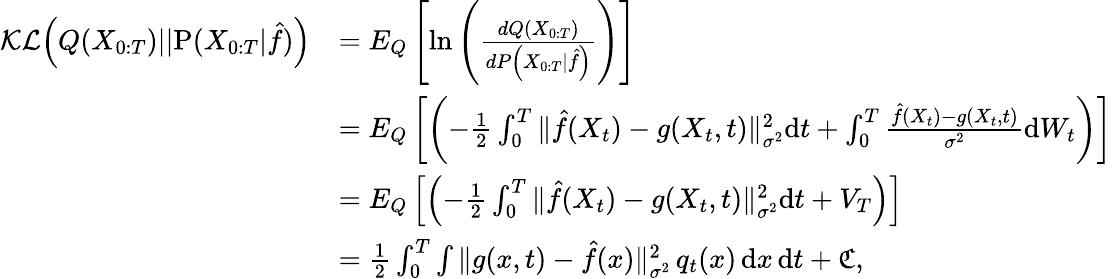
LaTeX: \begin{array}{rl}{\mathcal{KL}\Big(Q(X_{0:T})||\mathrm{P}(X_{0:T}|\hat{f})\Big)}&{=E_{{Q}}\left[\mathrm{ln}\left(\frac{d{Q}(X_{0:T})}{d{P}\left(X_{0:T}\vert\hat{f}\right)}\right)\right]}\\ &{=E_{{Q}}\left[\left(-\frac{1}{2}\int_{0}^{T}{{\| \hat{f}(X_{t})-g(X_{t},t)\| _{\sigma^{2}}^{2}}\mathrm{d}t}+\int_{0}^{T}{\frac{\hat{f}(X_{t})-g(X_{t},t)}{{\sigma^{2}}}\mathrm{d}W_{t}}\right)\right]}\\ &{=E_{{Q}}\left[\left(-\frac{1}{2}\int_{0}^{T}{{\| \hat{f}(X_{t})-g(X_{t},t)\| _{\sigma^{2}}^{2}}\mathrm{d}t}+V_{T}\right)\right]}\\ &{=\frac{1}{2}\int_{0}^{T}\int\| g(x,t)-\hat{f}(x)\| _{\sigma^{2}}^{2}\, q_{t}(x)\, \mathrm{d}x\, \mathrm{d}t+\mathfrak{C},}\end{array}